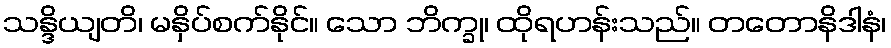
သန္ဒိယျတိ၊ မနှိပ်စက်နိုင်။ သော ဘိက္ခု၊ ထိုရဟန်းသည်။ တတောနိဒါနံ၊